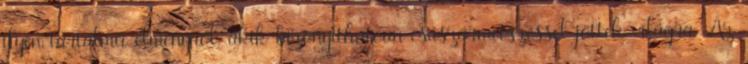
ilyen tartalmú élményről, akik bizonyíthatóan császármetszéssel jöttek világra. Az